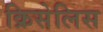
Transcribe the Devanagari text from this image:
क्रिसेलिस